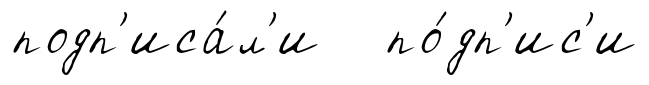
подп'иса́л'и по́дп'ис'и